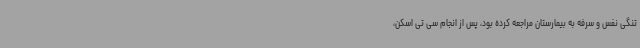
تنگی نفس و سرفه به بیمارستان مراجعه کرده بود، پس از انجام سی تی اسکن،